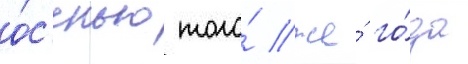
о́с'енью того́ же́ го́да